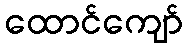
ထောင်ကျော်